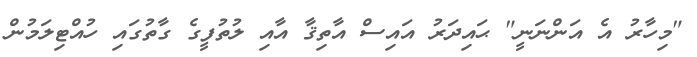
"މިހާރު އެ އަންނަނީ" ޙައިދަރު އައިސް އާތިޤާ އާއި ލުތުފީގެ ގާތުގައި ހުއްޓިލަމުން